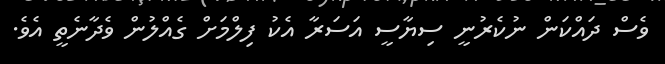
ވެސް ދައްކަން ނުކެރުނީ ސިޔާސީ އަސަރާ އެކު ފިލްމަށް ގެއްލުން ވެދާނެތީ އެވެ.